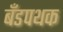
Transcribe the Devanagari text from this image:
बँडपथक